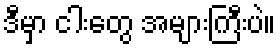
ဒီမှာ ငါးတွေ အများကြီးပဲ။